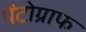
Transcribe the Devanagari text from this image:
पेंटोग्राफ